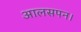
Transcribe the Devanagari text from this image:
आलसपन।